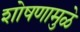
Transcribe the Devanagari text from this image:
शोषणामुळे